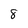
Character: 8